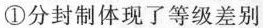
①分封制体现了等级差别